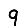
Digit: 9